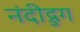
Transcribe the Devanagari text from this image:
नंदीद्रुग